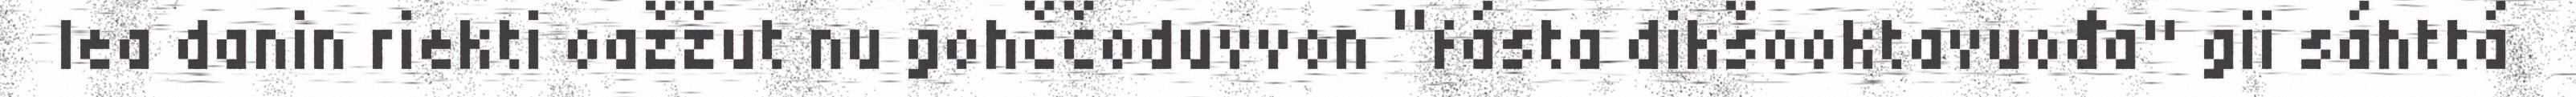
lea danin riekti oažžut nu gohččoduvvon “fásta dikšooktavuođa" gii sáhttá